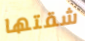
شقتها